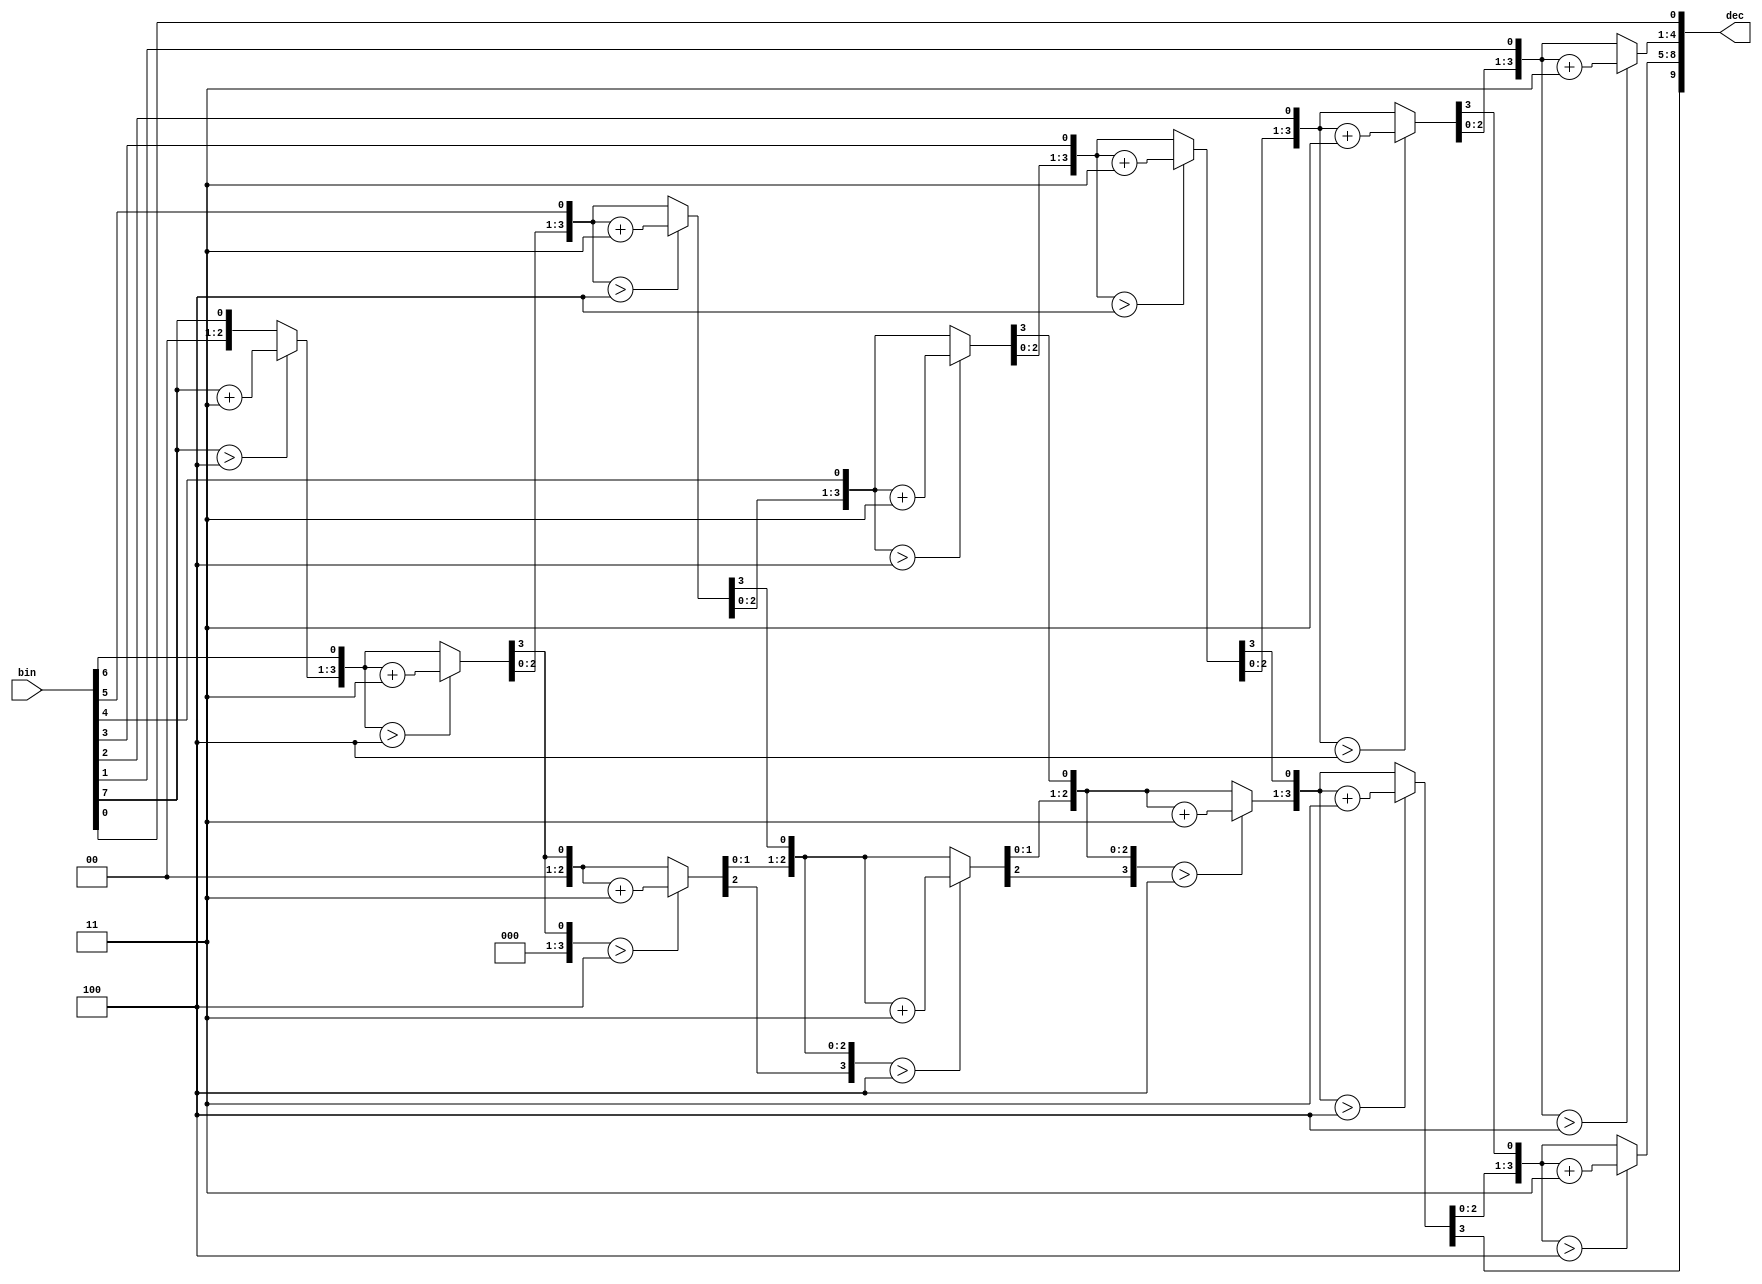
// Design: display_ctrl
// Description: Four-digit, 7-segment display controller for KW4-281 devices

////////////////////////////////////////////////////////////////////////////////
// This file is free software: you can redistribute it and/or modify it under //
// the terms of the GNU General Public License as published by the Free       //
// Software Foundation, either version 3 of the License, or (at your option)  //
// any later version. See <http://www.gnu.org/licenses/>.                     //
////////////////////////////////////////////////////////////////////////////////

//////////////////////////////////////////////////////////////////////////
// Display controller                                                   //
//////////////////////////////////////////////////////////////////////////

/*
    Display controllers for KW4-281 4-digit 7-segment display devices tipically
    found in FPGA and microcontroller boards.
*/

// Binary to BCD 8-bit converter, 2 1/2 BCD digits
//
// BCD output
//   d[9:8]  hundreds
//   d[7:4]  tens
//   d[3:0]  units

module bin_to_bcd_8 (
    input wire [7:0] bin,   // binary input
    output reg [9:0] dec    // BCD output
    );

    reg [7:0] b;     // local copy of b
    integer i;        // loop counter

    always @* begin
        b = bin;
        dec = 10'd0;

        for (i=0; i<7; i=i+1) begin
            // shift left d and bi
            {dec,b} = {dec,b} << 1;

                if (dec[7:4] > 4)        // check tens
                    dec[7:4] = dec[7:4] + 4'd3;
                if (dec[3:0] > 4)        // check units
                    dec[3:0] = dec[3:0] + 4'd3;
        end
        {dec,b} = {dec,b} << 1;  // shift once more
    end
endmodule // bin_to_bcd_8

//
// Raw 7 segment display controller with selectable on-digits and sign symbol
//

module seg7_4d_ctrl_raw #(
    parameter CDBITS = 18,      // clock divider bits
                                // Clock freq.  bits
                                //       12MHz  16
                                //       25MHz  17
                                //       50MHz  18
                                //      100MHz  19
                                //      200MHz  20  etc.
    parameter POL = 0,          // polarization
                                //   0 - common anode (output active low)
                                //   1 - common cathode (output active high)
    parameter SELECT_POL = 0    // output select signal polarization
                                //   0 - active low
                                //   1 - active high
    )(
    input wire clk,             // system clock
    input wire [15:0] d,        // display digits, from left to right
    input wire [3:0] on_mask,   // on-digits mask (active high)
    input wire [3:0] dp_in,     // decimal point vector (active high)
    input wire [3:0] sign_mask, // sign simbol vector (active high)
    output wire [0:6] seg,      // 7-segment output
    output wire [3:0] select,   // select output (controls common anode/cathode)
    output wire dp              // decimal point output
    );

    // Internal signals
    reg [CDBITS-1:0] counter = 0;   // clock divider counter
    wire [1:0] csel;                // clock divider select output
    reg [3:0] digit;                // selected input digit
    reg [0:6] iseg;                 // internal 7-segment converter output
    reg [3:0] iselect;              // internal select
    reg [3:0] idp;                  // internal dp

    // 7-segment converter function
    function [0:6] sseg_convert(
        input [3:0] d
    );
        case (d)
        4'h0: sseg_convert = 7'b1111110;
        4'h1: sseg_convert = 7'b0110000;
        4'h2: sseg_convert = 7'b1101101;
        4'h3: sseg_convert = 7'b1111001;
        4'h4: sseg_convert = 7'b0110011;
        4'h5: sseg_convert = 7'b1011011;
        4'h6: sseg_convert = 7'b1011111;
        4'h7: sseg_convert = 7'b1110000;
        4'h8: sseg_convert = 7'b1111111;
        4'h9: sseg_convert = 7'b1111011;
        4'ha: sseg_convert = 7'b1110111;
        4'hb: sseg_convert = 7'b0011111;
        4'hc: sseg_convert = 7'b1001110;
        4'hd: sseg_convert = 7'b0111101;
        4'he: sseg_convert = 7'b1001111;
        4'hf: sseg_convert = 7'b1000111;
        default: sseg_convert = 7'hxx;
        endcase
    endfunction

    // Clock divider
    always @(posedge clk)
        counter = counter + 1;

    // clock divider select generation
    assign csel = counter[CDBITS-1:CDBITS-2];

    // select input digit
    always @*
        case (csel)
        2'd0: digit = d[3:0];
        2'd1: digit = d[7:4];
        2'd2: digit = d[11:8];
        2'd3: digit = d[15:12];
        endcase

    // output calculations
    always @* begin
        // output anode/cathode selector
        iselect = 4'h0;
        iselect[csel] = on_mask[csel];

        // output dedimal point
        idp = dp_in[csel];

        // 7-segment output
        if(on_mask[csel])
            if(sign_mask[csel])
                iseg = 7'b0000001;
            else
                iseg = sseg_convert(digit);
        else
            iseg = 0;
    end

    // output generation
    assign seg = POL ? iseg : ~iseg;
    assign select =  SELECT_POL ? iselect : ~iselect;
    assign dp = POL ? idp : ~idp;

endmodule // seg7_4d_ctrl_raw

//
// Digit padding
//
// Turn-off left-most cero digits and ajust sign if necessary
//
// Input:
//      [15:0] x : Input digits
//             s : sign
// Output
//      [3:0] on_mask: on digit mask
//      [3:0] sign: sign symbol mask

module seg7_4d_pad (
    input wire [15:4] d,        // input digits (only three most significant)
    input wire sign,            // input sign (0 +, 1 -)
    output reg [3:0] on_mask,   // on-digits mask
    output reg [3:0] sign_mask  // sign mask
);

    // split input digits
    wire [3:0] d3, d2, d1, d0;
    reg [4:0] sign_mask_i;
    reg [4:0] on_mask_i;

    assign d3 = d[15:12];
    assign d2 = d[11:8];
    assign d1 = d[7:4];

    always @* begin
        sign_mask_i = {sign,4'b0};             // initial sign mask
        on_mask_i = {sign,4'b1111};            // initial on mask
        if(d3 == 4'd0) begin                   // off 3rd digit if zero, etc.
            sign_mask_i = sign_mask_i >> 1;
            on_mask_i = on_mask_i >> 1;
            if (d2 == 4'd0) begin
                sign_mask_i = sign_mask_i >> 1;
                on_mask_i = on_mask_i >> 1;
                if (d1 == 4'd0) begin
                    sign_mask_i = sign_mask_i >> 1;
                    on_mask_i = on_mask_i >> 1;
                end
            end
        end

        if(sign_mask_i[4] == 1'b1) begin    // sign is out of the display
            sign_mask = 4'b1111;            // output error pattern "----"
            on_mask = 4'b1111;
        end
        else begin                          // no sign or there is room enough
            sign_mask = sign_mask_i[3:0];
            on_mask = on_mask_i[3:0];
        end
    end
endmodule // seg7_4d_pad

//
// sign-magnitude, hexadecimal 7 segment display controller
//

module seg7_4d_ctrl_hex #(
    parameter CDBITS = 18,      // clock divider bits
                                // Clock freq.  bits
                                //       12MHz  16
                                //       25MHz  17
                                //       50MHz  18
                                //      100MHz  19
                                //      200MHz  20  etc.
    parameter POL = 0,          // polarization
                                //   0 - common anode (output active low)
                                //   1 - common cathode (output active high)
    parameter SELECT_POL = 0    // output select signal polarization
                                //   0 - active low
                                //   1 - active high
    )(
    input wire clk,             // system clock
    input wire [15:0] d,        // display digits, from left to right
    input wire [3:0] dp_in,     // decimal point input vector
    input wire sign,            // sign
    output wire [0:6] seg,      // 7-segment output
    output wire [3:0] select,   // select output (controls common anode/cathode)
    output wire dp              // decimal point output vector
);

    wire [3:0] on_mask;
    wire [3:0] sign_mask;

    seg7_4d_ctrl_raw #(
        .CDBITS(CDBITS),
        .POL(POL),
        .SELECT_POL(SELECT_POL)
    ) seg7_4d_ctrl_raw (
        .clk(clk),
        .d(d),
        .on_mask(on_mask),
        .dp_in(dp_in),
        .sign_mask(sign_mask),
        .seg(seg),
        .select(select),
        .dp(dp)
    );

    seg7_4d_pad seg7_4d_pad (
        .d(d[15:4]),            // input digits
        .sign(sign),            // input sign (0 +, 1 -)
        .on_mask(on_mask),      // on-digits mask
        .sign_mask(sign_mask)
    );
endmodule // seg7_4d_ctrl

//
// two's complement decimal 7 segment display controller
//

module seg7_4d_ctrl_dec_tc #(
    parameter CDBITS = 18,      // clock divider bits
                                // Clock freq.  bits
                                //       12MHz  16
                                //       25MHz  17
                                //       50MHz  18
                                //      100MHz  19
                                //      200MHz  20  etc.
    parameter POL = 0,          // polarization
                                //   0 - common anode (output active low)
                                //   1 - common cathode (output active high)
    parameter SELECT_POL = 0    // output select signal polarization
                                //   0 - active low
                                //   1 - active high
    )(
    input wire clk,             // system clock
    input wire signed [7:0] d,  // signed (two's complement) 8 bit input data
    input wire [3:0] dp_in,     // decimal point input vector
    output wire [0:6] seg,      // 7-segment output
    output wire [3:0] select,   // select output (controls common anode/cathode)
    output wire dp              // decimal point output vector
);

    reg [7:0] bin;
    wire [9:0] dec;
    reg sign;

    always @* begin
        if(d < 0) begin
            bin = -d;
            sign = 1'b1;
        end else begin
            bin = d;
            sign = 1'b0;
        end
    end

    bin_to_bcd_8 bin_to_bcd_8 (
        .bin(bin),
        .dec(dec)
    );

    seg7_4d_ctrl_hex #(
        .CDBITS(CDBITS),
        .POL(POL),
        .SELECT_POL(SELECT_POL)
    ) seg7_4d_ctrl_hex (
        .clk(clk),
        .d({6'd0,dec}),
        .dp_in(dp_in),
        .sign(sign),
        .seg(seg),
        .select(select),
        .dp(dp)
    );
    

endmodule // seg7_4d_ctrl_dec_tc